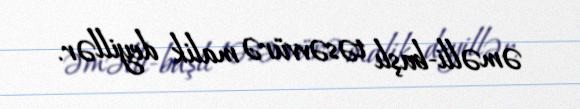
əməlli-başlı təsəvvürə malik deyillər.